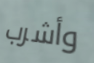
وأشرب